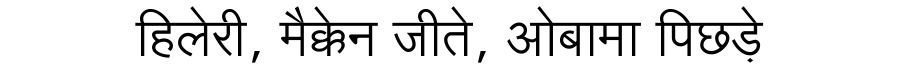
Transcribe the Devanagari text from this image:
हिलेरी, मैक्केन जीते, ओबामा पिछड़े